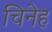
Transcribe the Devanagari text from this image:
चिनेह